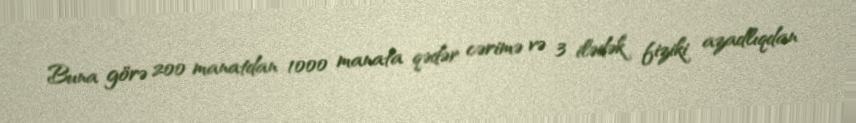
Buna görə 200 manatdan 1000 manata qədər cərimə və 3 ilədək fiziki azadlıqdan